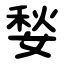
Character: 媝